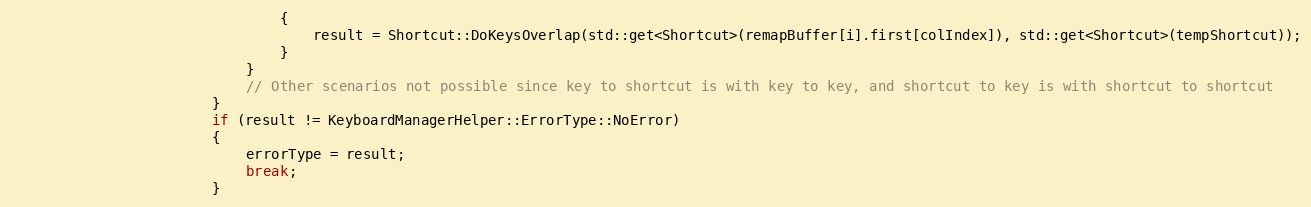
Language: C++
                                {
                                    result = Shortcut::DoKeysOverlap(std::get<Shortcut>(remapBuffer[i].first[colIndex]), std::get<Shortcut>(tempShortcut));
                                }
                            }
                            // Other scenarios not possible since key to shortcut is with key to key, and shortcut to key is with shortcut to shortcut
                        }
                        if (result != KeyboardManagerHelper::ErrorType::NoError)
                        {
                            errorType = result;
                            break;
                        }